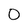
Character: 0